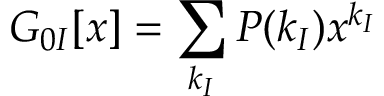
G _ { 0 I } [ x ] = \sum _ { k _ { I } } P ( k _ { I } ) x ^ { k _ { I } }